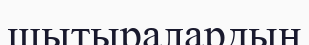
шытыралардың